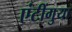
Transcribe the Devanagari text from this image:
एंटींगुया